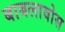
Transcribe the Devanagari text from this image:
बाबलावोस